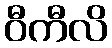
ဝီကီလိ